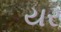
યર